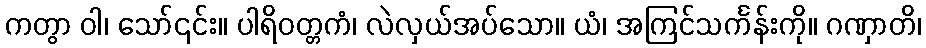
ကတွာ ဝါ၊ သော်၎င်း။ ပါရိဝတ္တကံ၊ လဲလှယ်အပ်သော။ ယံ၊ အကြင်သင်္ကန်းကို။ ဂဏှာတိ၊